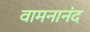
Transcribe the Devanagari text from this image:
वामनानंद